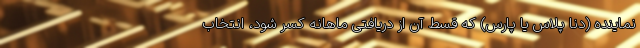
نماینده (دنا پلاس یا پارس) که قسط آن از دریافتی ماهانه کسر شود، انتخاب